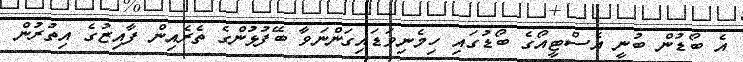
އެ ބޯޑުން ބުނީ އެސްޓީއޯގެ ބޯޑުގައި ހިމެނިވަޑައިގަންނަވާ ބޭފުޅުންގެ ތެރެއިން ފާއިޒުގެ އިތުރުން